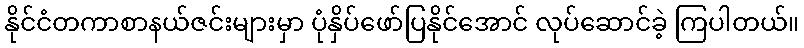
နိုင်ငံတကာစာနယ်ဇင်းများမှာ ပုံနှိပ်ဖော်ပြနိုင်အောင် လုပ်ဆောင်ခဲ့ ကြပါတယ်။